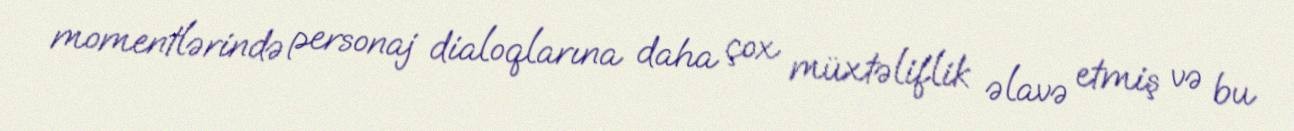
momentlərində personaj dialoqlarına daha çox müxtəliflik əlavə etmiş və bu